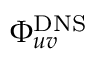
\Phi _ { u v } ^ { \mathrm { D N S } }